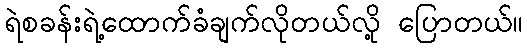
ရဲစခန်းရဲ့ထောက်ခံချက်လိုတယ်လို့ ပြောတယ်။